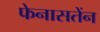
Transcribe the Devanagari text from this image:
फेनासतेंन